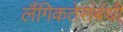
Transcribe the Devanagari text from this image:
लैंगिकतेसंबंधी